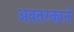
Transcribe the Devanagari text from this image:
अवतरकाने